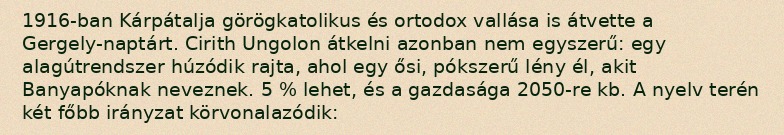
1916-ban Kárpátalja görögkatolikus és ortodox vallása is átvette a Gergely-naptárt. Cirith Ungolon átkelni azonban nem egyszerű: egy alagútrendszer húzódik rajta, ahol egy ősi, pókszerű lény él, akit Banyapóknak neveznek. 5 % lehet, és a gazdasága 2050-re kb. A nyelv terén két főbb irányzat körvonalazódik: